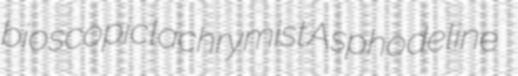
bioscopic lachrymist Asphodeline